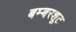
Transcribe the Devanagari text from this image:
बम्बरशूट